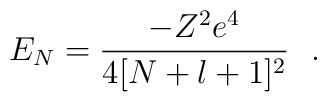
E_N=\frac{-Z^2e^4}{4[N+l+1]^2}~~.